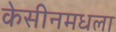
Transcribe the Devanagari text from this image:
केसीनमधला